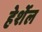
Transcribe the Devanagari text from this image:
हेर्शेल